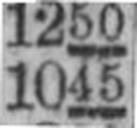
1045